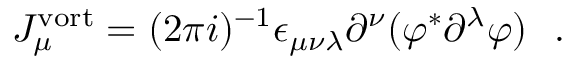
J _ { \mu } ^ { \mathrm { v o r t } } = ( 2 \pi i ) ^ { - 1 } \epsilon _ { \mu \nu \lambda } \partial ^ { \nu } ( \varphi ^ { * } \partial ^ { \lambda } \varphi ) \, \, \, \, .